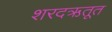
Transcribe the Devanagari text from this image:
शरदऋतूत